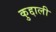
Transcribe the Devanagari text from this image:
कुद्दाली